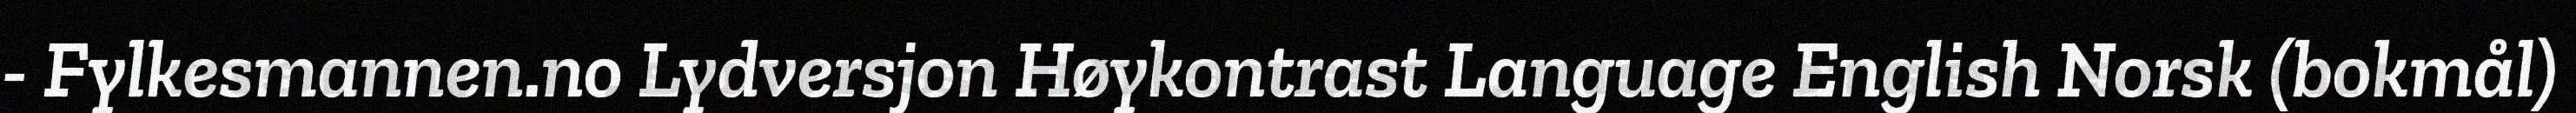
- Fylkesmannen.no Lydversjon Høykontrast Language English Norsk (bokmål)